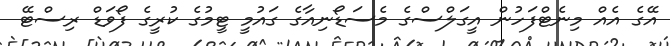
އޭގެ އެއް މިނެޓްފަހުން އީގަލްސްގެ މެސަޑޯނިއާގެ ގައުމީ ޓީމުގެ ކުރީގެ ފޯވަޑް ރިސްޓޭ